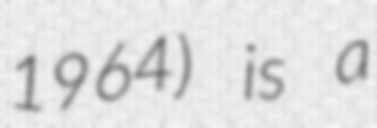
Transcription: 1964) is a